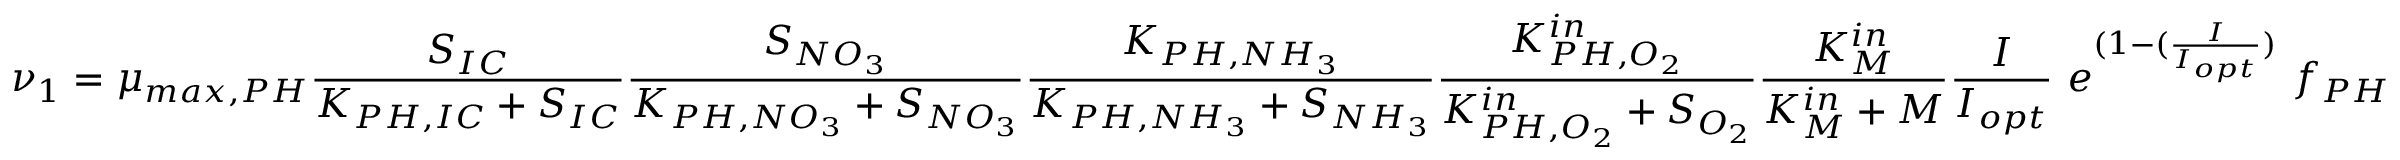
\nu _ { 1 } = \mu _ { m a x , P H } \frac { S _ { I C } } { K _ { P H , I C } + S _ { I C } } \frac { S _ { N O _ { 3 } } } { K _ { P H , N O _ { 3 } } + S _ { N O _ { 3 } } } \frac { K _ { P H , N H _ { 3 } } } { K _ { P H , N H _ { 3 } } + S _ { N H _ { 3 } } } \frac { K _ { P H , O _ { 2 } } ^ { i n } } { K _ { P H , O _ { 2 } } ^ { i n } + S _ { O _ { 2 } } } \frac { K _ { M } ^ { i n } } { K _ { M } ^ { i n } + M } \frac { I } { I _ { o p t } } \ e ^ { ( 1 - ( \frac { I } { I _ { o p t } } ) } \ f _ { P H }